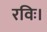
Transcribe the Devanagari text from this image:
रविः।